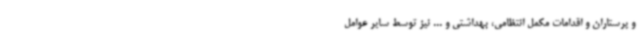
و پرستاران و اقدامات مکمل انتظامی، بهداشتی و ... نیز توسط سایر عوامل